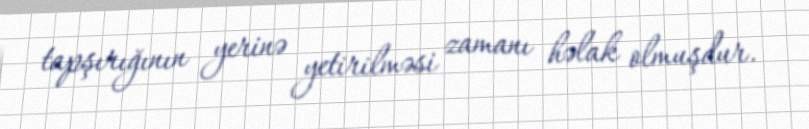
tapşırığının yerinə yetirilməsi zamanı həlak olmuşdur.